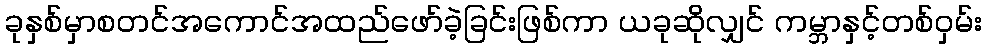
ခုနှစ်မှာစတင်အကောင်အထည်ဖော်ခဲ့ခြင်းဖြစ်ကာ ယခုဆိုလျှင် ကမ္ဘာနှင့်တစ်ဝှမ်း